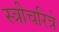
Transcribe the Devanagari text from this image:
स्त्रीचरित्रे